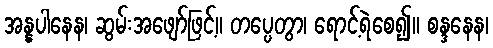
အန္နပါနေန၊ ဆွမ်းအဖျော်ဖြင့်။ တပ္ပေတွာ၊ ရောင့်ရဲစေ၍။ စန္ဒနေန၊